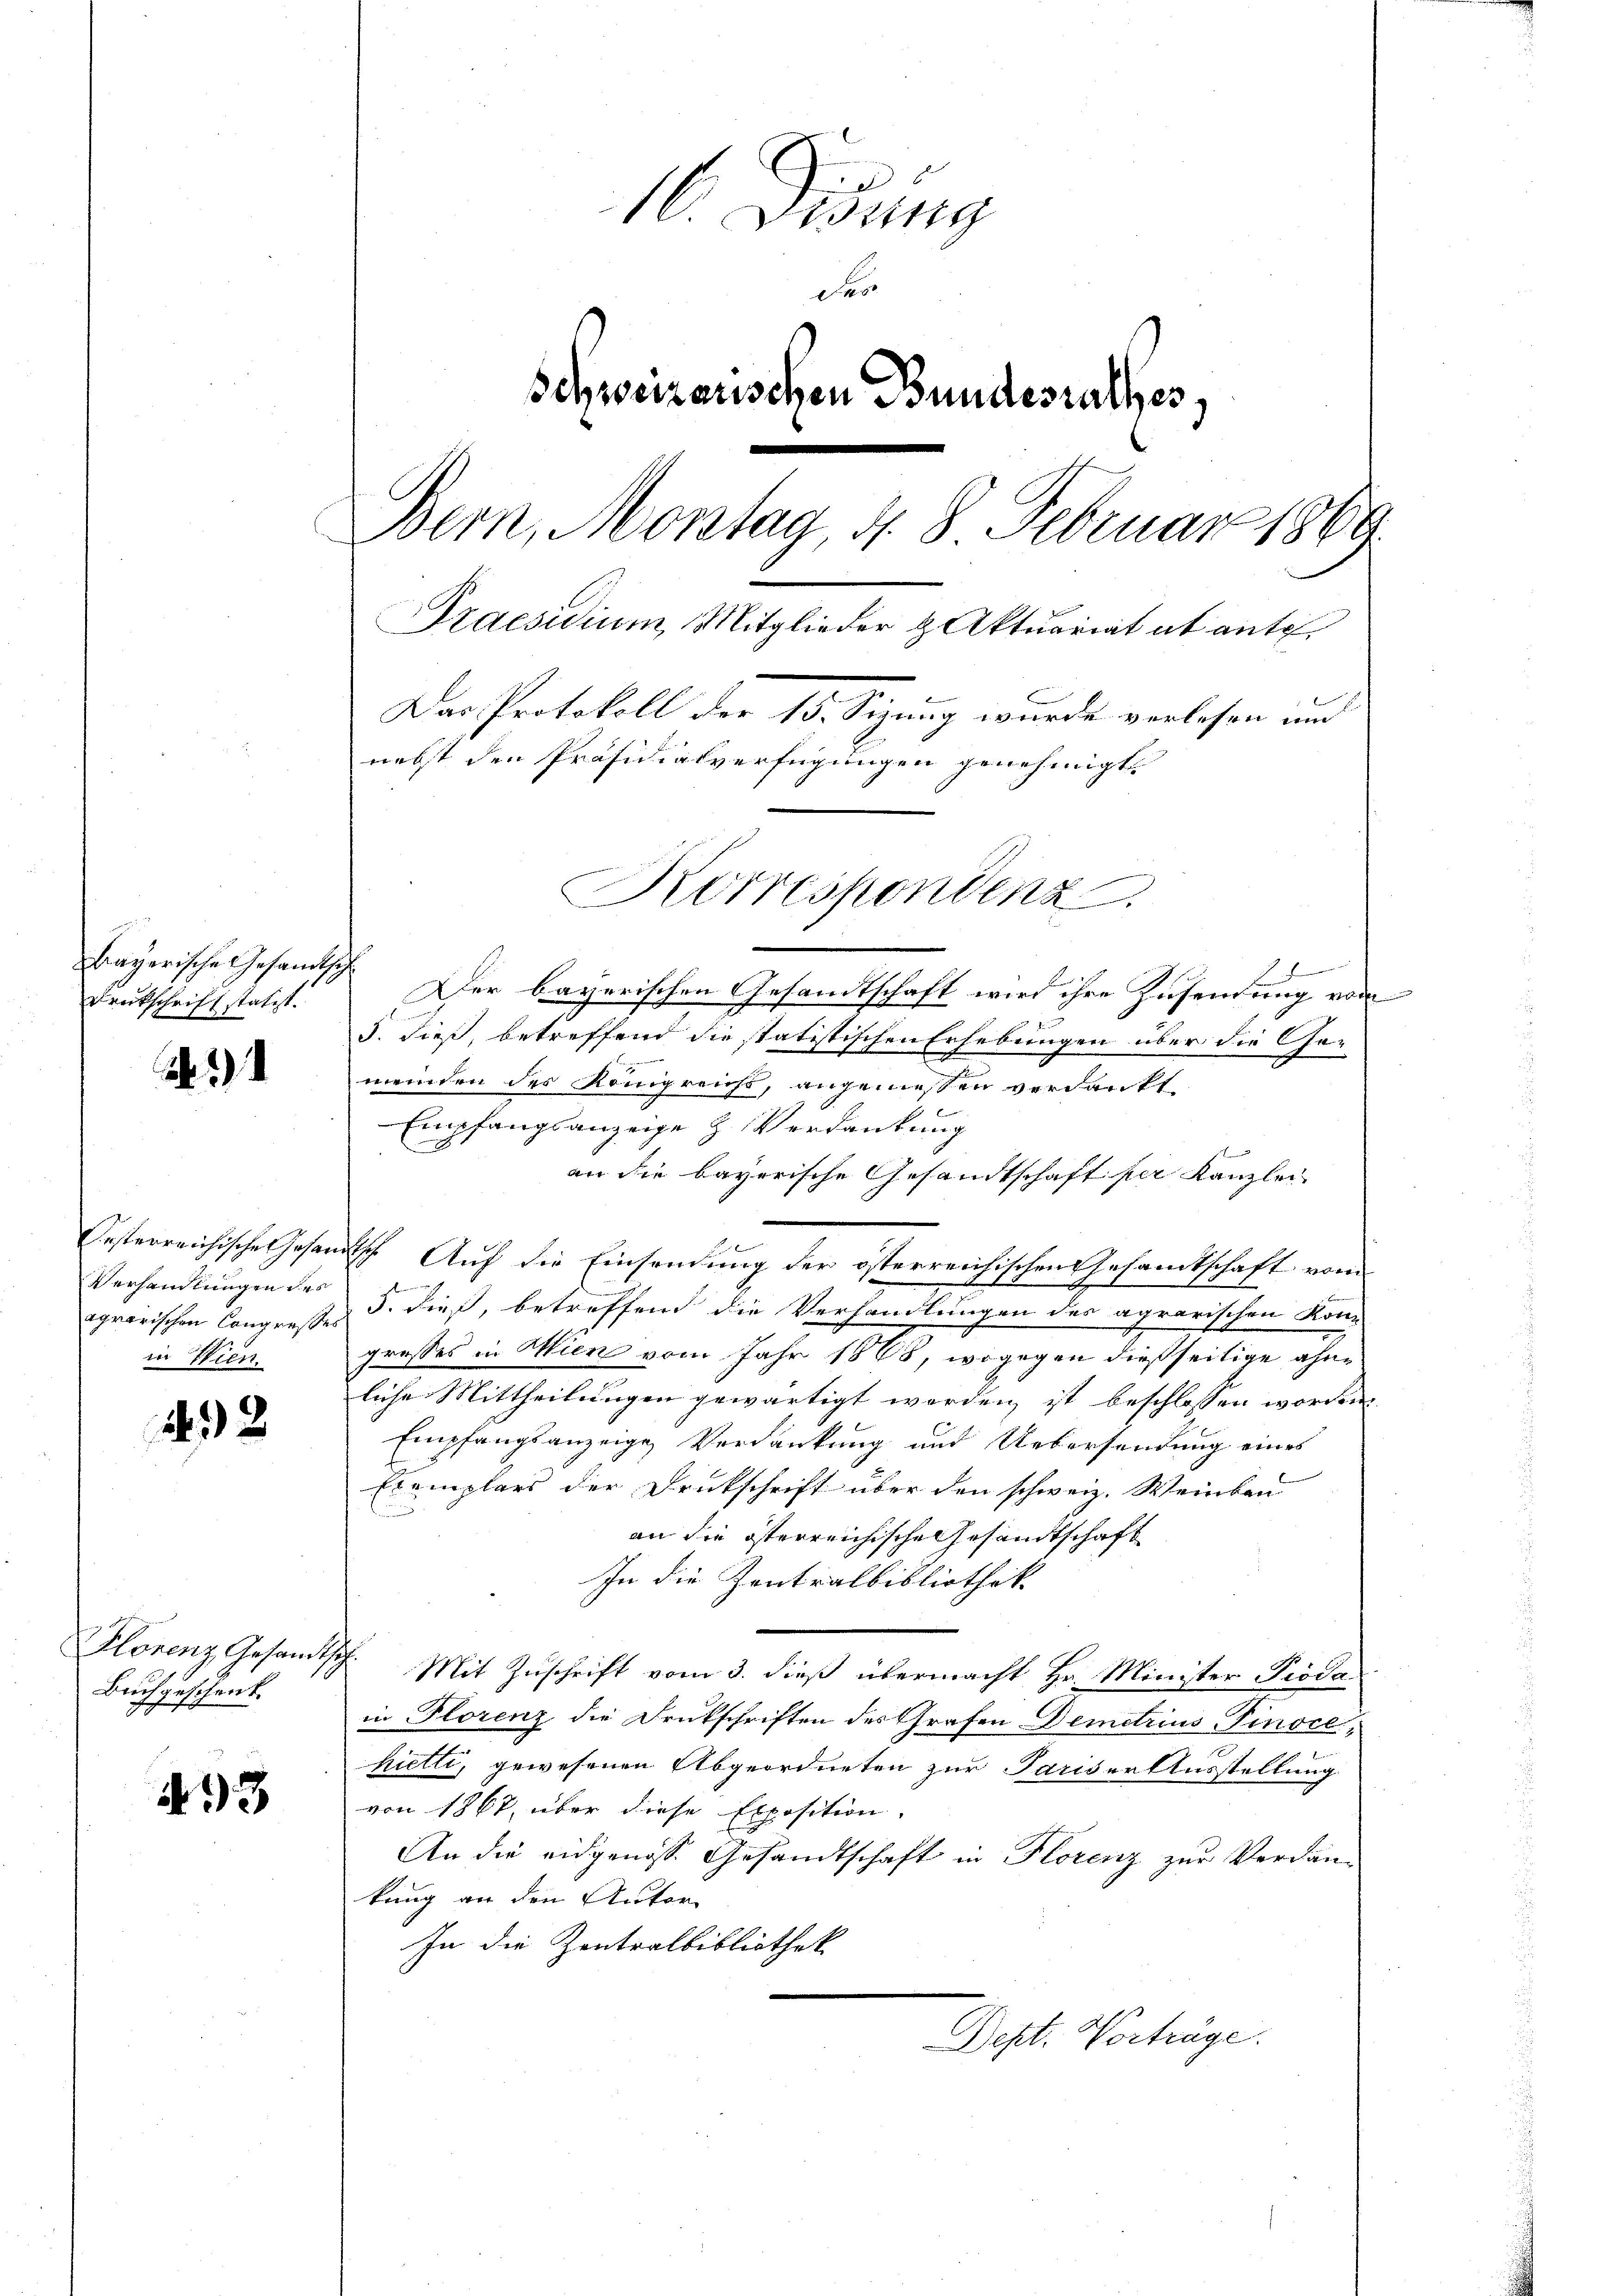
Bayerische Gesandtsch
Deutschrift stützt.

Verhandlungen des
in Wien.

432

Buchgeschenk
e

433

16. Disung
d
Schweizerischen Bundesrathes
Bern, Montag, d. 8. Februar 1869.
Praesidium, Mitglieder & Aktuariat ab ante.
Das Protokoll der 15. Sizung wurde verlesen und
nebst den Präsidialverfügungen genehmigt.

Ferien und
Der bayerischen Gesandtschaft wird ihre Zusendung vom
5. dieß, betreffend die statistischen Erhebungen über die Ge-
meinden des Königreichs, angemessen verdankt,
Empfangsanzeige & Verdankung
an die bayerische Gesandtschaft per Kanzlei-
Oesterreichische Gesandtsche Auf die Einsendung der österreichischen Gesamtschaft vom
g
agrarischen Congreßes d. dieß, betreffend die Verhandlungen der agrarischen Kon-
grosses in Wien vom Jahr 1868, wogegen dießseitige ohne
liche Mittheilungen gewärtigt werden ist beschlossen worden
Empfangsanzeige Verdankung und Uebersendung eines
.
Exemplars der Druckschrift über den schweiz. Weinkau
an die österreichische Gesandtschaft
In die Zentralbibliothek
Florenz Gesandtsch. Mit Zuschrift vom 3. dieß übermacht Hr. Minister Piodain Florenz die Druckschriften des Grafen Demetrius Pinocehietti, gewesenen Abgeordneten zur Pariser Ausstellung
von 1867, über diese Exposition.
An die eidgenoss. Gesandtschaft in Florenz zur Verdan-
kung an den Autor
In die Zentralbibliothek
Dept. Vorträge.

Korrespondenz